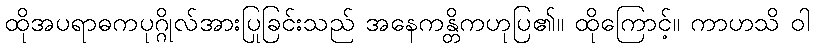
ထိုအပရာဓကပုဂ္ဂိုလ်အားပြုခြင်းသည် အနေကန္တိကဟုပြ၏။ ထိုကြောင့်။ ကာဟသိ ဝါ